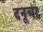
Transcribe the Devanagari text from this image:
दनूचा